Annual report on the lock hospitals of the Madras Presidency
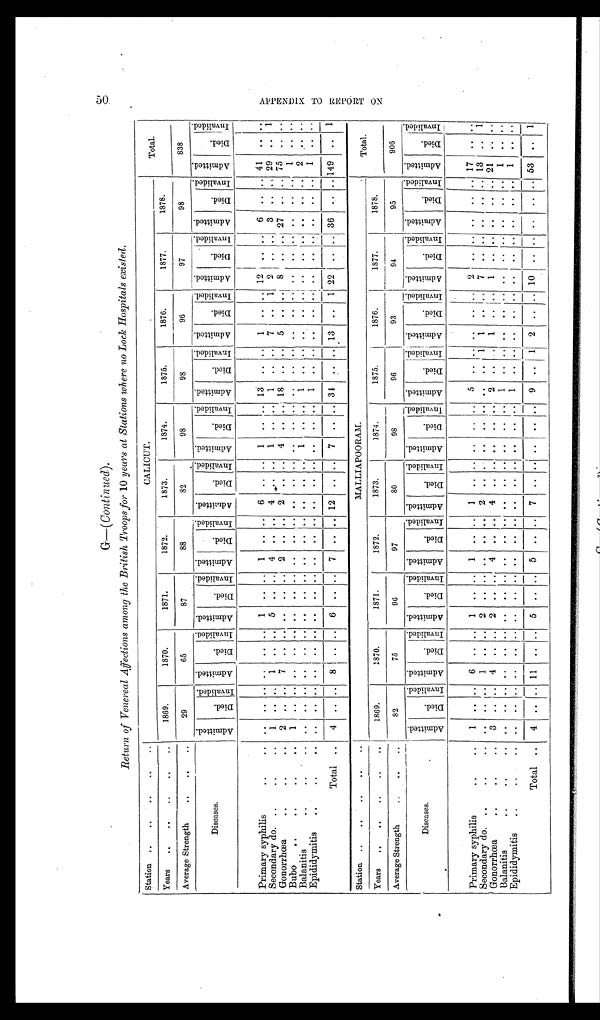
5 0 A P P E N D I X T O R E P O R T O N
G —( C o n t i n u e d ) .
Return of Venereal Affections among the British Troops for 10 years at Stations where no Lock Hospitals existed.
Station
..
..
..
..
CALICUT.
Total.
Years
..
..
..
..
..
1869.
1870.
1871.
1872.
1873.
1874.
1875.
1876.
1877.
1878.
Average Strength
..
..
..
29
65
87
88
82
98
98
96
97
98
838
Diseases.
Admi t t ed.
D i e d .
Inval i ded.
A d m i t t e d .
D i e d .
I n v a l i d e d .
A d m i t t e d .
Di ed.
I nval i ded.
A d m i t t e d .
Di ed.
I nval i ded.
A d m i t t e d .
D i e d . I nval i ded. A d m i t t e d .
D i e d .
Inval i ded.
A d m i t t e d . D i e d .
I nval i ded.
A d m i t t e d .
D i e d . I nval i ded. A d m i t t e d .
Di ed.
I nval i ded. A d m i t t e d .
Di e d .
I n v a l i d e d . Ad mi t t e d .
D i e d .
Invalided.
Primary syphilis
..
.. ..
.. .. ..
.. ..
1 .. .. 1 .. .. 6 .. .. 1 .. ..
1 3 . .
. .
1
. . . .
1 2
. . . .
6
. . . .
4 1 ..
. .
Secondary do. ..
..
..
1
.. .. 1
. . .. 5
. . ..
4
. . .. 4
. . .
. .
1
..
..
1 .. .. 7 .. 1 2 .. .. 3 .. .. 29 ..
1
Gonorrhœa
..
..
2
. .
. . 7
. . ..
. .
. . . . 2 .. .. 2 .. .. 4 .. .. 18 .. .. 5 .. .. 8 .. .. 27 .. .. 75 ..
. .
Bubo
..
.. .. ..
1
..
. .
. .
. . ..
. .
. . . . ..
. . . .
. .
. . . .
. .
. . ..
. .
..
. .
. .
. . . .
. .
. . . .
. . .. .. 1
.. ..
Balanitis
..
..
. . ..
. .
. .
. . ..
. .
. . . . . .
. . . .
. .
. . . .
1
. . ..
1 ..
. .
. .
. . . .
. .
. . . . . .
. . . . 2 ..
. .
Epididymitis
..
.. ..
. . ..
. .
. .
. . ..
. .
. . . . . .
. . . .
. .
. . . .
. .
. . ..
1 ..
. .
. .
. . . .
..
. . . . . .
. . . .
1 ..
. .
Total ..
4
.. . . 8 .. .. 6
. .
. . 7
. .
. . 12 ..
. . 7
. . .. 34 ..
. . 13
. . 1 22
. .
. . 36
. . .. 149 ..
1
Station
..
..
..
..
MALLIAPOORAM.
Total.
Years
..
..
..
..
1869.
1870.
1871.
1872.
1873.
I 1874.
1875.
1876.
1877.
-
1878.
Average Strength
..
. .
82
75
96
97
80
98
96
93
94
95
906
Diseases.
A d m i t t e d .
D i e d .
I n v a l i d e d .
A d m i t t e d .
D i e d .
I n v a l i d e d .
Admi t t e d.
Di e d .
I n v a l i d e d . A d m i t t e d .
Di ed.
Invalided.
A d m i t t e d .
D i e d .
I nval i ded. A d m i t t e d .
D i e d .
I nval i ded.
Admi t t ed.
Di e d .
I nval i ded. Admi t t ed.
Di e d .
I nval i ded. A d m i t t e d .
D i e d .
Invalided. Admi tted.
Died.
Invalided.
A d mi t t e d .
D i e d .
I n v a l i d e d .
Primary syphilis
..
..
1
.. . .
6
. . .. 1
. . . .
1
. . . .
1
. . . .
. .
. . ..
5 ..
. .
. .
. . . .
2
. . . .
. .
. .
. . . 17
..
. .
Secondary do. .. ..
. .
. . . . 1
. . ..
2
. . . .
.. . . . . 2 ..
. . . .
..
..
.. ..
1 1 .. .. 7 .. .. .. .. .. 13 .. 1
Gonorrhœa
..
..
..
3
..
. . 4 .. .. 2 ..
. .
4
. . . .
4
. . . .
. .
. .
..
2 ..
. .
1
. . . .
1
. . . .
. .
. . . .
2 1 .. ..
Balanitis
.. .. ..
. . ..
. .
. .
. . .. ..
. . . .
. .
. . . .
. .
. . . .
. .
. .
..
1 ..
. .
. .
. . . .
. .
. . . .
. .
. . . .
1 .. ..
Epididymitis
..
..
..
. .
. .
. .
. .
. . ..
..
..
..
..
. . . .
. .
. . . .
. .
. .
..
1 ..
. .
. .
. . . .
. .
. . . .
..
. . . . 1 .. ..
. .
. .
....10
..
..
. .
Total ..
4 .. ..
1 1 .. .. 5 .. .. 5
. . . .
7
. .
. .
..
. .
9
. .
1 2
. .
1 0 ..
..
53 .. 1